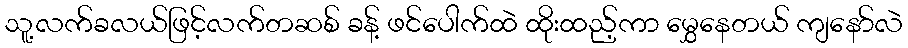
သူ့လက်ခလယ်ဖြင့်လက်တဆစ် ခန့် ဖင်ပေါက်ထဲ ထိုးထည့်ကာ မွှေနေတယ် ကျနော်လဲ